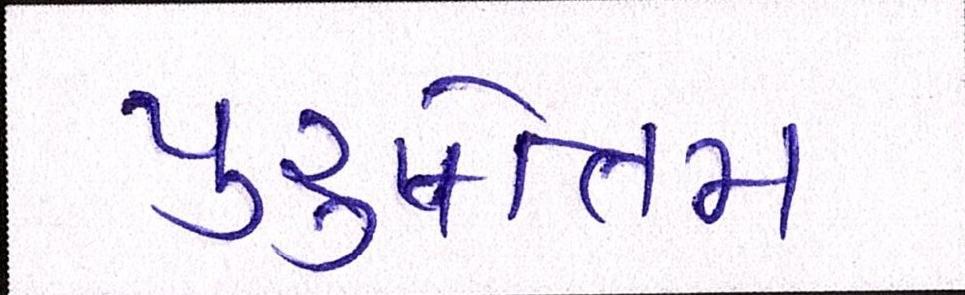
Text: પુરુષોત્તમ